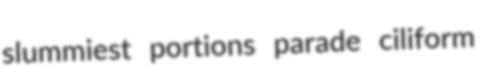
slummiest portions parade ciliform